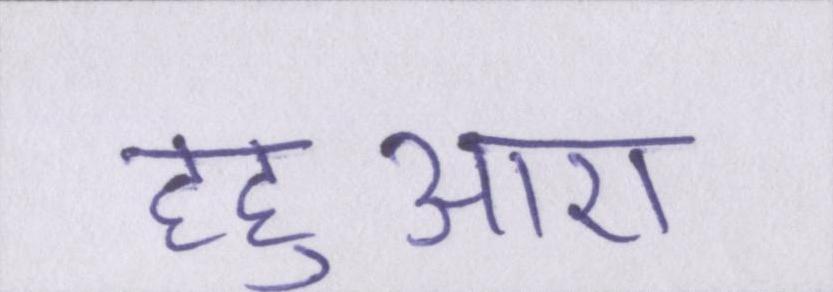
हहुआए